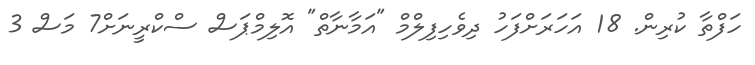
ހަފްތާ ކުރިން. 18 އަހަރަށްފަހު ދިވެހިފިލްމް "އަމާނާތް" އޮލިމްޕަސް ސްކްރީނަށް7 މަސް 3